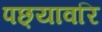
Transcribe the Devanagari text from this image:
पछ्यावरि